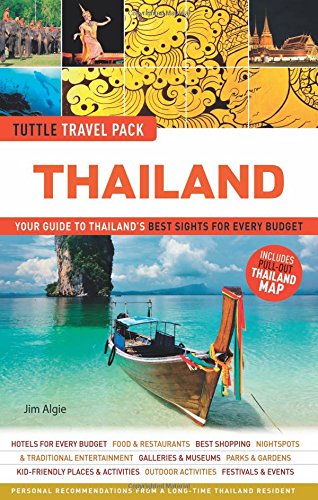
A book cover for Thailand Tuttle Travel Pack: Your Guide to Thailand's Best Sights for Every Budget (Travel Guide & Map); Jim Algie; Travel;